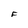
Character: F